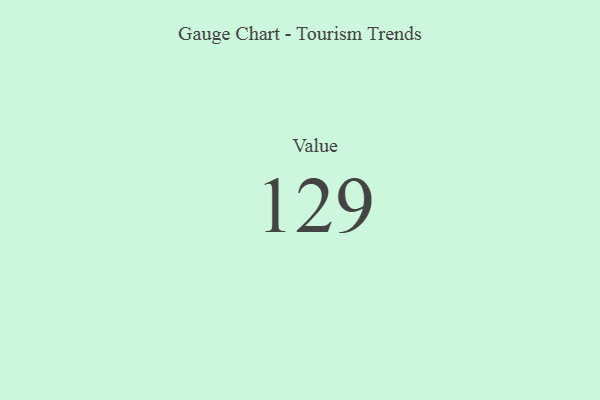
{"axis": {"x": "Metric", "y": "Value"}, "legend": [""], "data": [{"x": "Value", "y": 129, "type": ""}]}